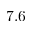
7 . 6